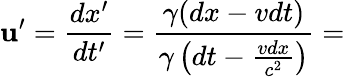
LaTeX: \mathbf{u}^{\prime}={\frac{{dx^{\prime}}}{{dt^{\prime}}}}={\frac{{\gamma(dx-vdt)}}{{\gamma\left(dt-{\frac{{vdx}}{{c^{2}}}}\right)}}}=